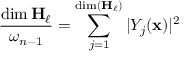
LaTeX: { \frac { \dim \mathbf { H } _ { \ell } } { \omega _ { n - 1 } } } = \sum _ { j = 1 } ^ { \dim ( \mathbf { H } _ { \ell } ) } | Y _ { j } ( { \mathbf { x } } ) | ^ { 2 }